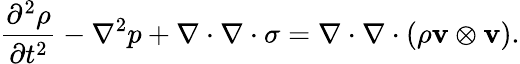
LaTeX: {\frac{\partial^{2}\rho}{\partial t^{2}}}-\nabla^{2}p+\nabla\cdot\nabla\cdot\sigma=\nabla\cdot\nabla\cdot(\rho\mathbf{v}\otimes\mathbf{v}).